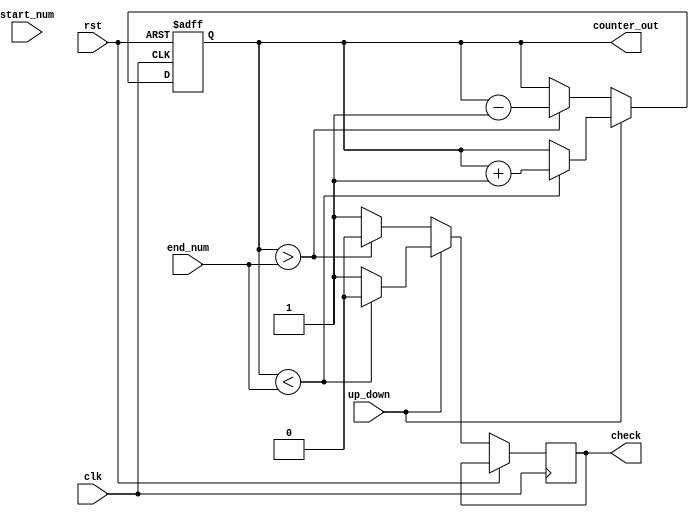
module Led_counter (
                    input	[4:0]  start_num,
						  input	[4:0]	 end_num,
						  input	clk, up_down, rst,
                    output reg  [4:0]  counter_out,
						  output reg check
                    );
						  
	always @(posedge rst or posedge clk) begin
		if (rst) counter_out <= 5'b00000;
		
		else if (up_down) begin //count up
			if (counter_out < end_num)
			begin
				counter_out <= counter_out + 1'b1;
				check <= 1'b0;
			end
			else 
			begin
				check <= 1'b1;
			end
		end
		else begin //count down
			if (counter_out > end_num)
			begin 
				counter_out <= counter_out - 1'b1;
				check <= 1'b0;
			end
			else
			begin 
				check <= 1'b1;
			end
		end
   end
    
endmodule